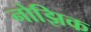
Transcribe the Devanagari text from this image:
नोझिक